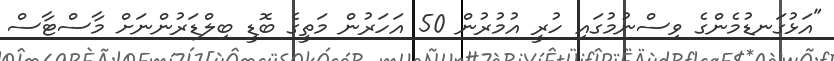
"އަޅުގަނޑުމެންގެ ވިސްނުމުގައި ހުރީ އުމުރުން 50 އަހަރުން މަތީގެ ބޮޑީ ބިލްޑަރުންނަށް މާސްޓާސް